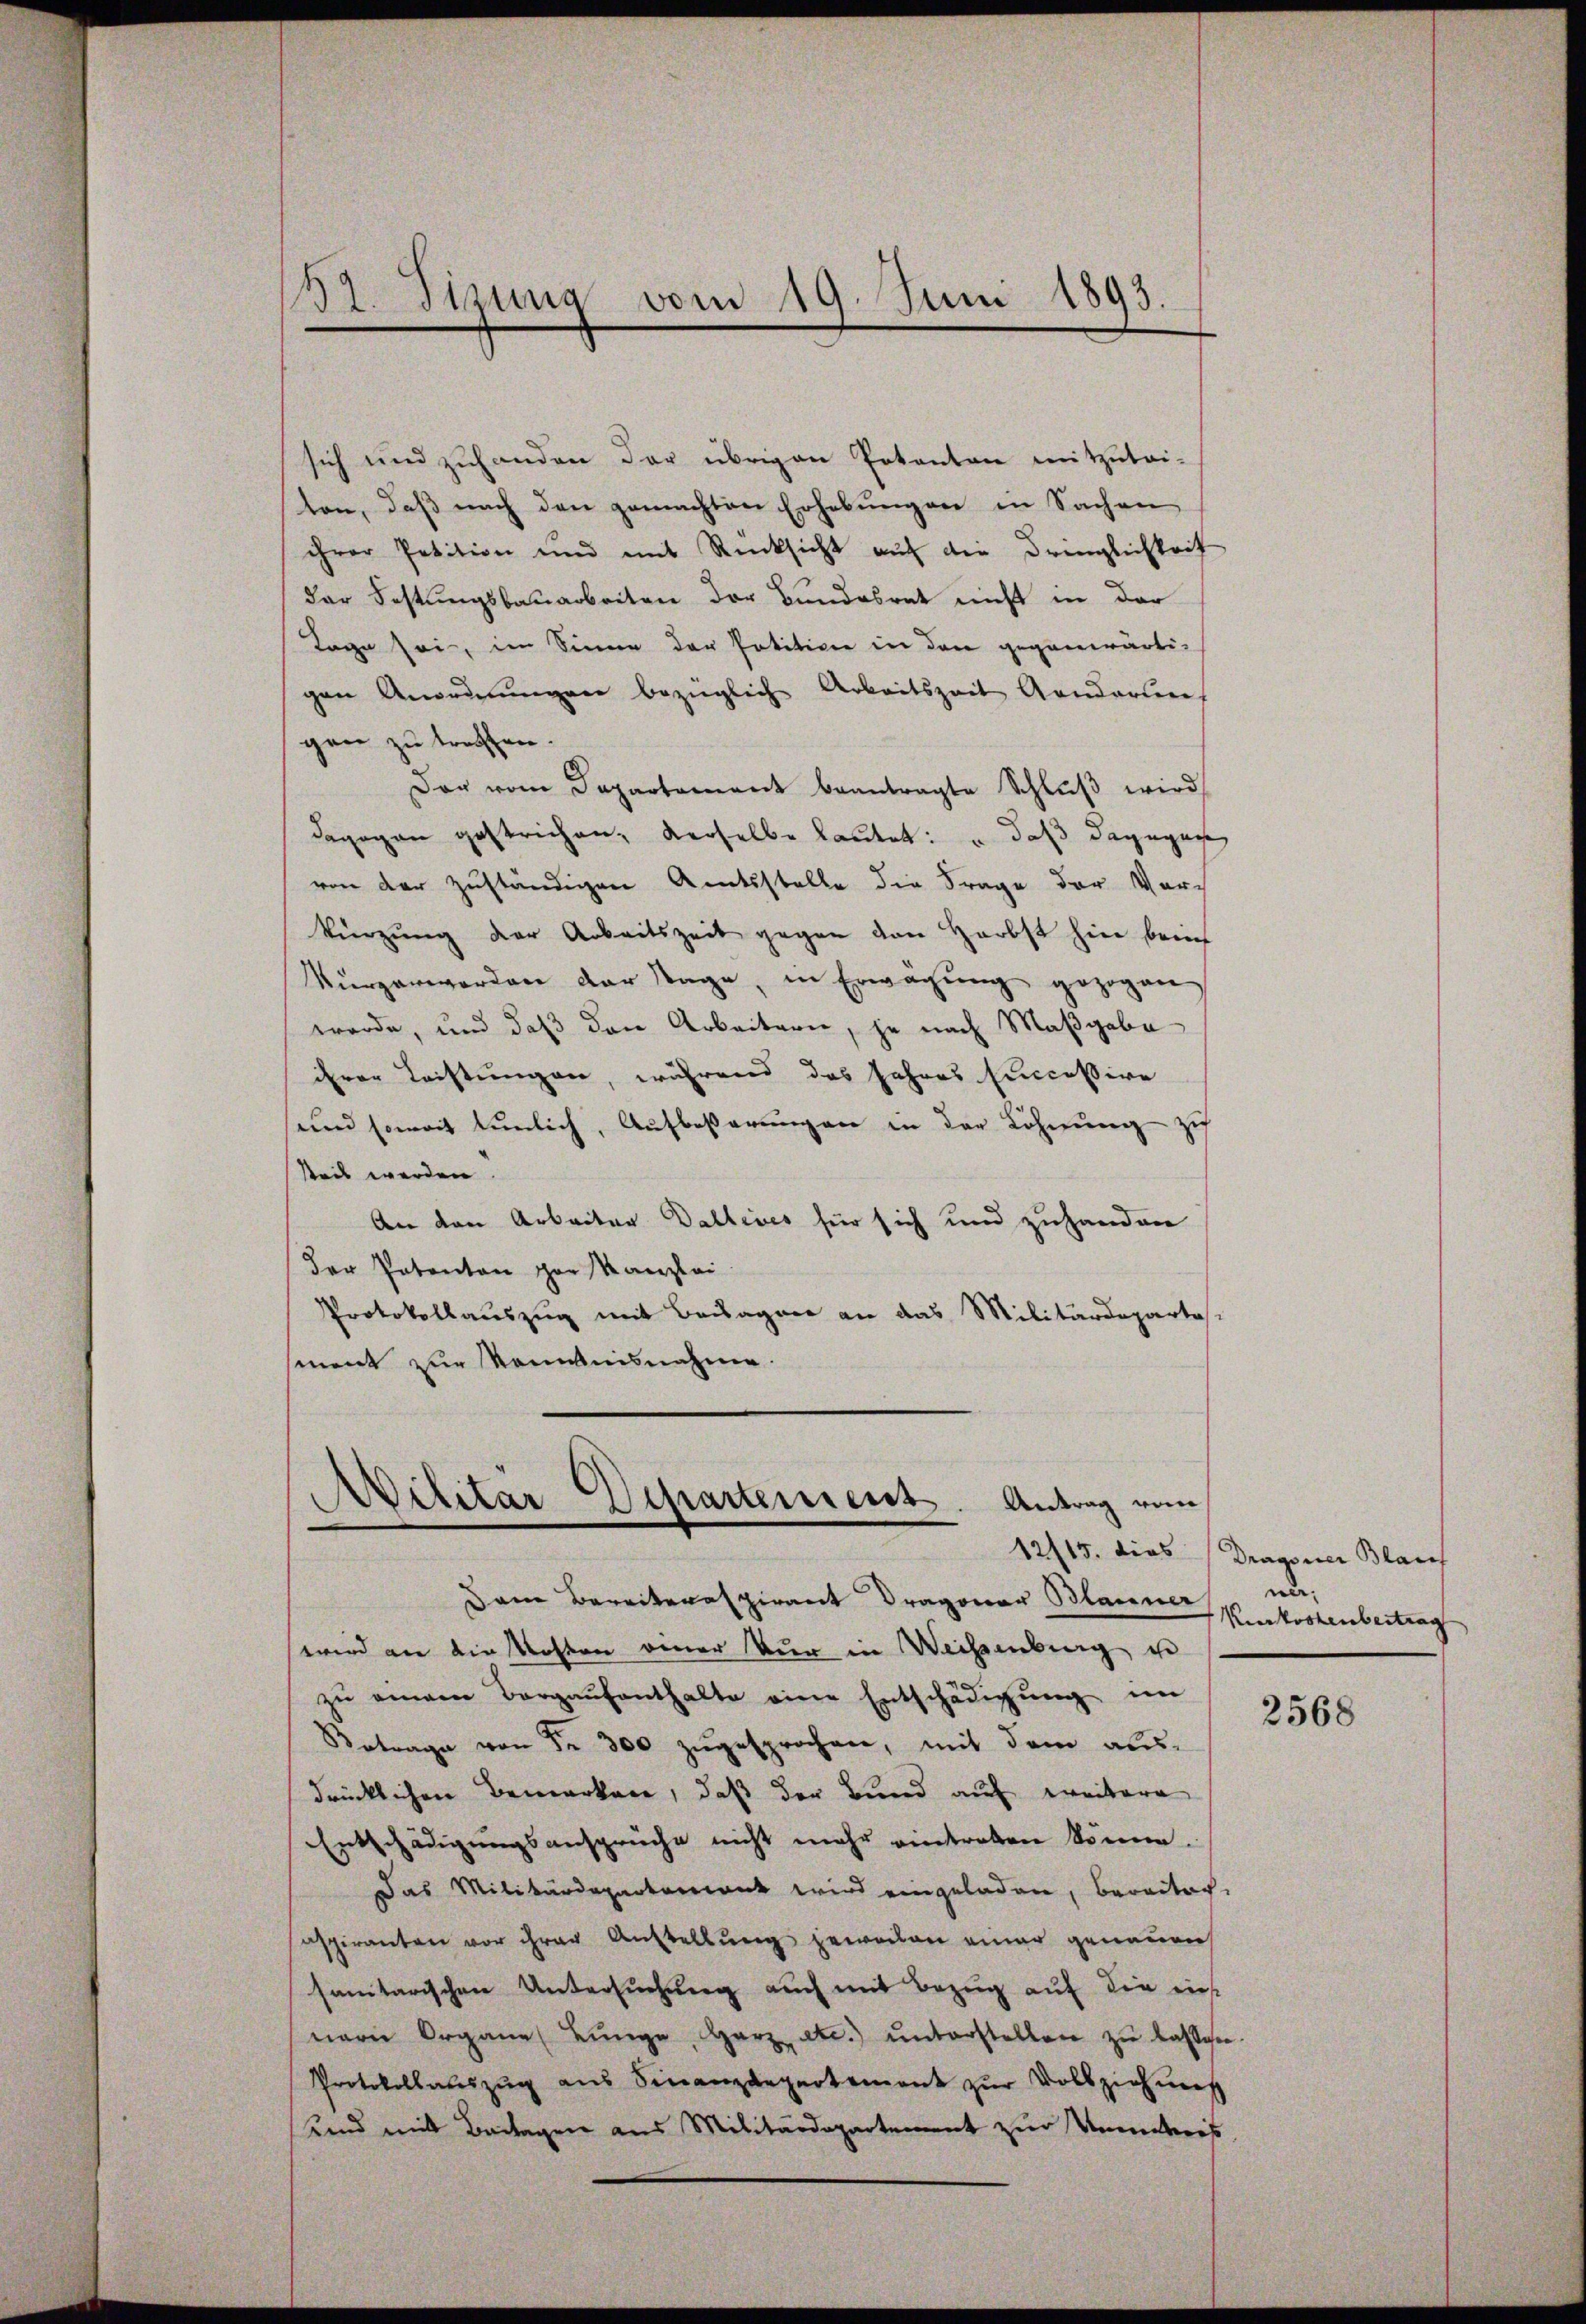
137. Sitzung vom 19. Juni 1893.

sich und zuhanden der übrigen Potenten mitzutai-
ten, daß nach den gemachten Erhebungen in Sachen
ihrer Petition und mit Rücksicht auf die Dringlichkeit
der Festungsbauarbeiten der Bundesrat nicht in der
Lage sei, im Sinne der Potition in den gegenwärtigen Anordnungen bezüglich Arbeitszeit Aendartiens
gen zu treffen.
Der vom Departement beantragte Schlŭβ wird
dagegen gestrichen, derselbe lautet: daß dagegen
von der zuständigen Amtsstelle die Frage der Vorkürzung der Arbeitszeit gegen den Herbst hier beim
kŭrzerworden der Tage, in Erwägŭng gezogen
werde, und daß den Arbeitern, je nach Maßgabe-
ihrer Leistungen, während das Jahres successire
und soweit tunlich, Aufbeßerungen in der Löhnung zu
seit werden
An den Arbeiter Dallives für sich und zuhanden
der Patenton par Kanzlei
Protokollauszug mit Beilager an das Militärdepartos
sment zur Kenntnisnahme.

Dann Bereiteraspirant Dragoner Blauner
wird an die Kosten einer kur in Weisenburg er
zŭ einem Bargaŭfenthalte eine Entschädigŭng im
Betrage von Fr. 300 zugesprochen, mit dem aus-
drücklichen Bemerken, daß der Bund auf weitere
Entschädigungsansprüche nicht mehr eintreten könne.
Das Militärdepartement wird eingeladen, bereiter-
espiranten vor ihrer Anstellung geworden einer genauen
sanitarischen Untersuchung auch mit Bezug auf die eins
nern Organe Lunge, Herz etc.) ŭnterstellen zŭ lassen-
Protokollauszug aus Finanzdepartement zŭr Vollziehung
Kind mit Bedragen aus Militärdepartement zur Unmateris

Militar Departement. Antrag vom

12/15. dies Dragoner Blaich
nn¬
Kurkostenbertrag

2568